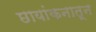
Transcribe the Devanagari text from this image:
छायांकनातून